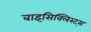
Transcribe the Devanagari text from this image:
बाइसिक्लिस्ट्स